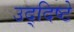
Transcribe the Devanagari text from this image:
उद्‌दिष्टे